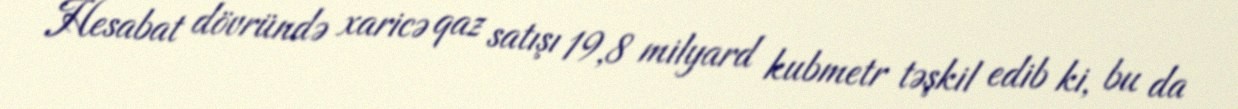
Hesabat dövründə xaricə qaz satışı 19,8 milyard kubmetr təşkil edib ki, bu da